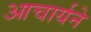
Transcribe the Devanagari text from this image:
आचार्यने